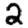
Digit: 2